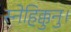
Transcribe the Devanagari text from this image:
स्नेहिक्कुनु।